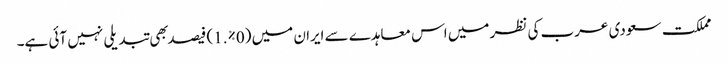
مملکت سعودی عرب کی نظر میں اس معاہدے سے ایران میں (0%.1) فیصد بهی تبدیلی نہیں آئی ہے۔